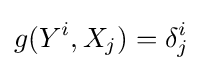
g(Y^{i},X_{j})=\delta _{j}^{i}